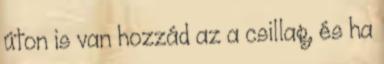
úton is van hozzád az a csillag, és ha